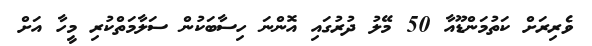
ވެރިރަށް ކަތުމަންޑޫއާ 50 މޭލު ދުރުގައި އޮންނަ ހިސާބަކުން ސަލާމަތްކުރި މީހާ އަށް